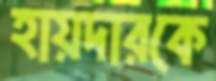
হায়দারকে